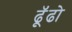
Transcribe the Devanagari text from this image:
ढॅूढो